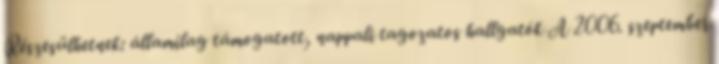
Részesülhetnek: államilag támogatott, nappali tagozatos hallgatók A 2006. szeptember